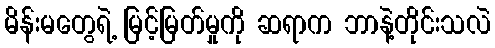
မိန်းမတွေရဲ့ မြင့်မြတ်မှုကို ဆရာက ဘာနဲ့တိုင်းသလဲ